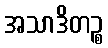
အသာဒိတဉ္စ